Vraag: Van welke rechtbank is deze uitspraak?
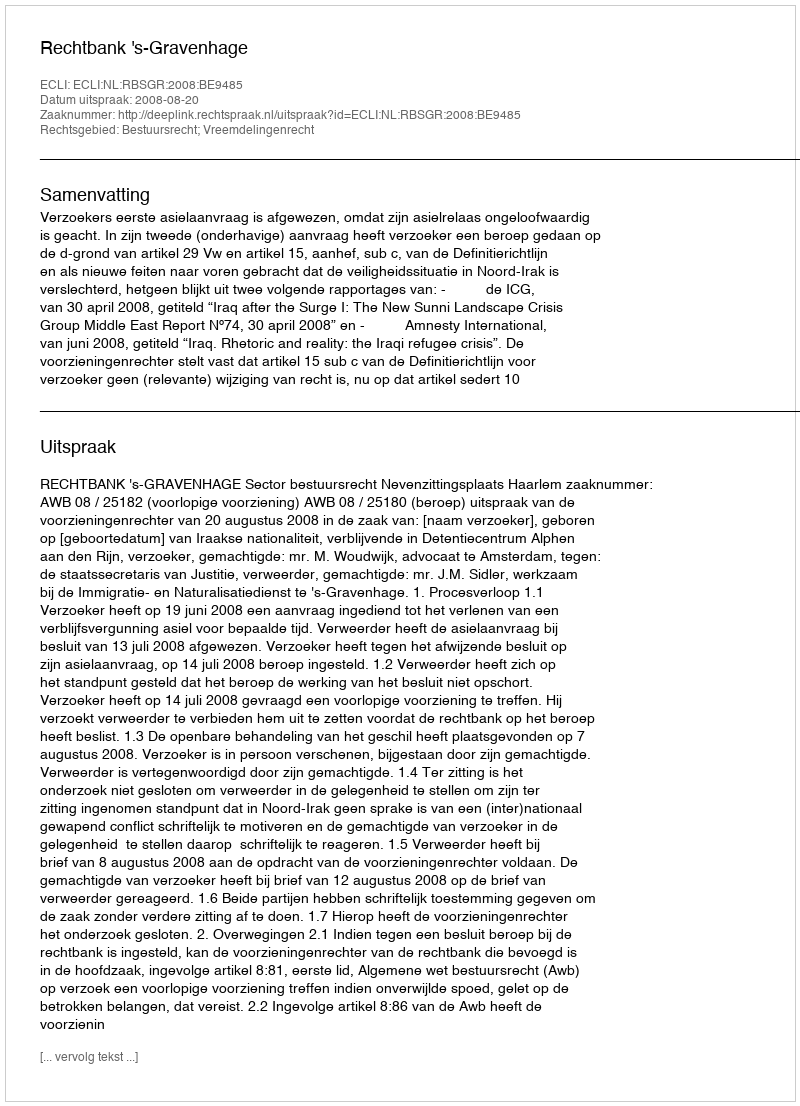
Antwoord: Rechtbank 's-Gravenhage